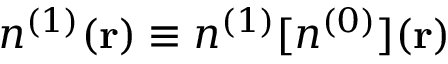
n ^ { ( 1 ) } ( { \bf r } ) \equiv n ^ { ( 1 ) } [ n ^ { ( 0 ) } ] ( { \bf r } )